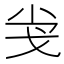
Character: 𢦢